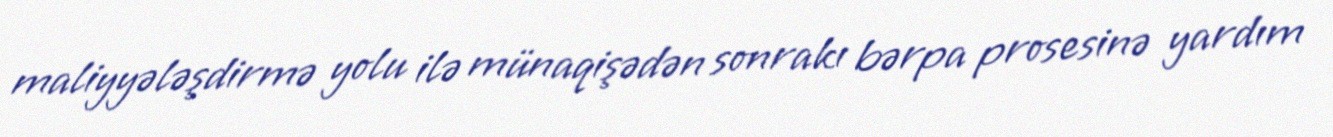
maliyyələşdirmə yolu ilə münaqişədən sonrakı bərpa prosesinə yardım